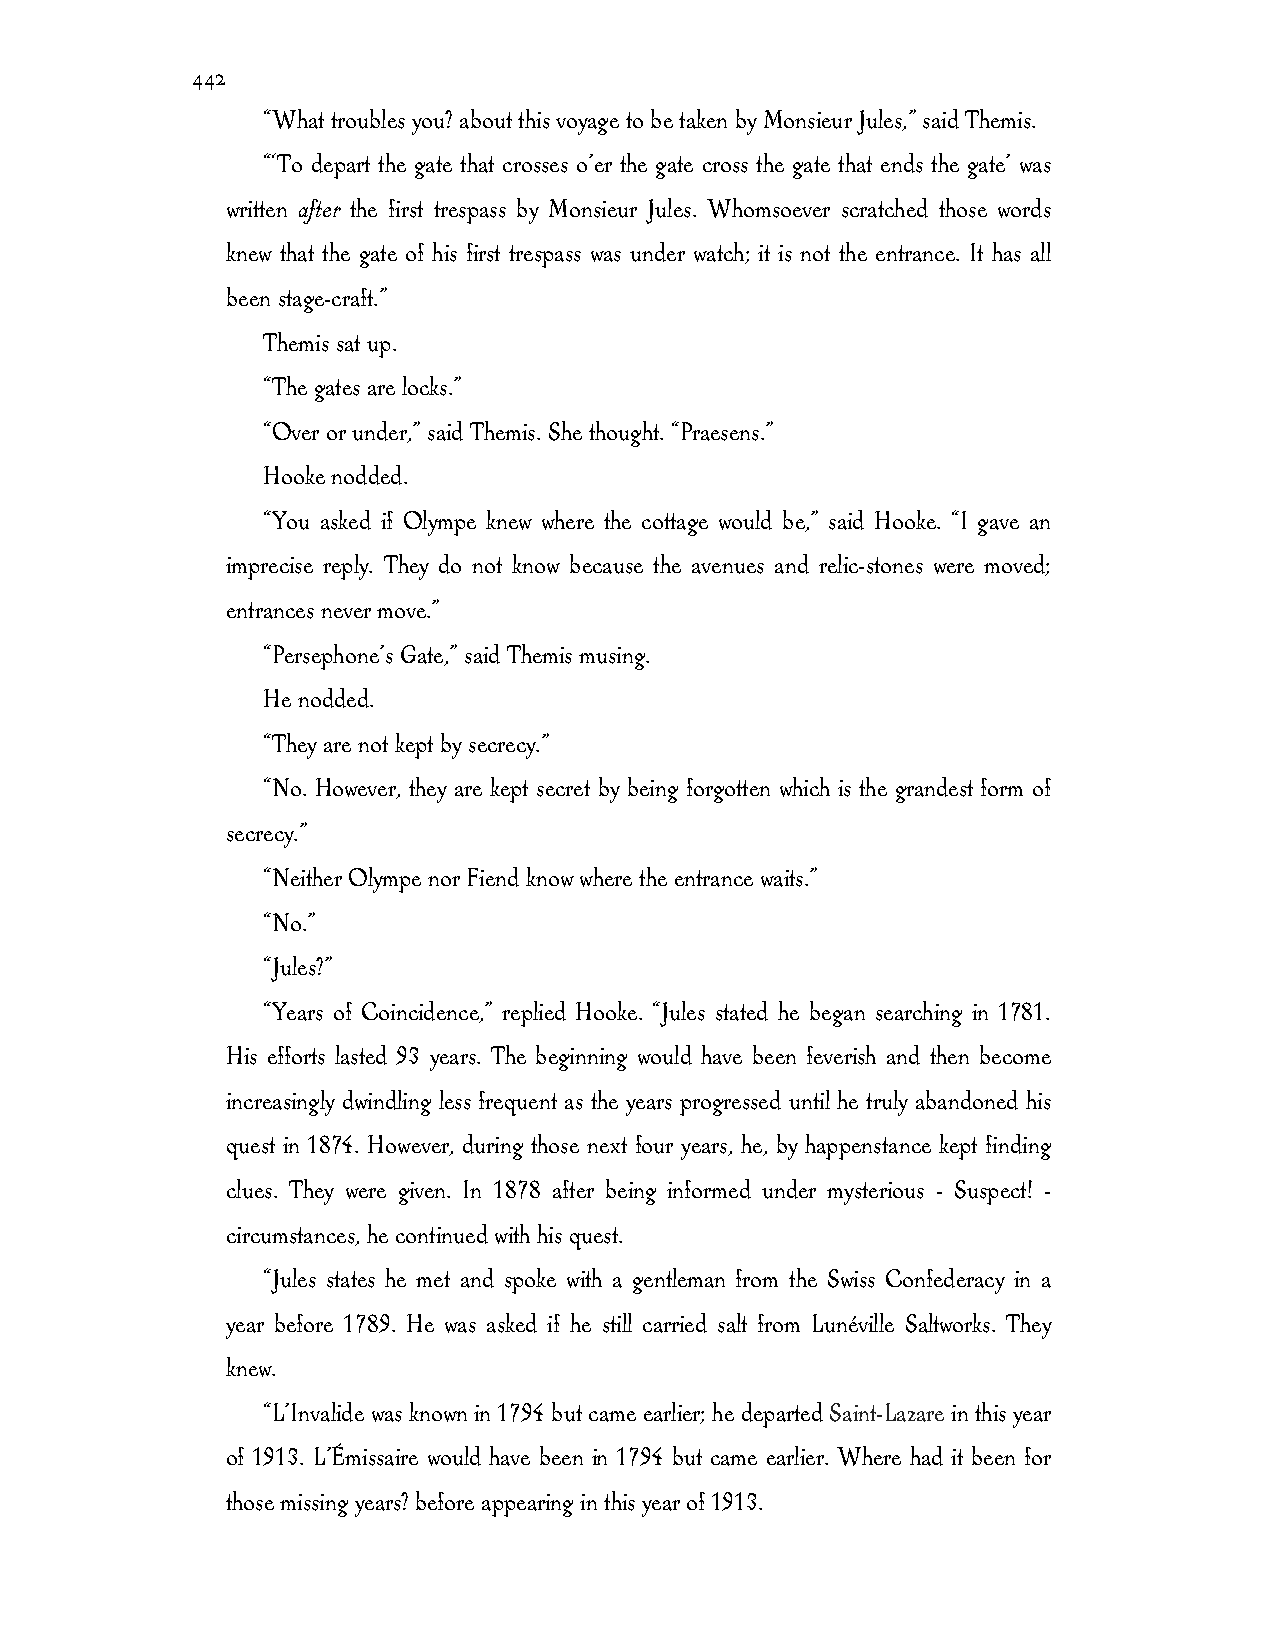
442
 “What troubles you? about this voyage to be taken by Monsieur Jules,” said Themis.
 “‘To depart the gate that crosses o’er the gate cross the gate that ends the gate’ was
 written after the first trespass by Monsieur Jules. Whomsoever scratched those words
 knew that the gate of his first trespass was under watch; it is not the entrance. It has all
 been stage-craft.”
 Themis sat up.
 “The gates are locks.”
 “Over or under,” said Themis. She thought. “Praesens.”
 Hooke nodded.
 “You asked if Olympe knew where the cottage would be,” said Hooke. “I gave an
 imprecise reply. They do not know because the avenues and relic-stones were moved;
 entrances never move.”
 “Persephone’s Gate,” said Themis musing.
 He nodded.
 “They are not kept by secrecy.”
 “No. However, they are kept secret by being forgotten which is the grandest form of
 secrecy.”
 “Neither Olympe nor Fiend know where the entrance waits.”
 “No.”
 “Jules?”
 “Years of Coincidence,” replied Hooke. “Jules stated he began searching in 1781.
 His efforts lasted 93 years. The beginning would have been feverish and then become
 increasingly dwindling less frequent as the years progressed until he truly abandoned his
 quest in 1874. However, during those next four years, he, by happenstance kept finding
 clues. They were given. In 1878 after being informed under mysterious - Suspect! -
 circumstances, he continued with his quest.
 “Jules states he met and spoke with a gentleman from the Swiss Confederacy in a
 year before 1789. He was asked if he still carried salt from Lunéville Saltworks. They
 knew.
 “L’Invalide was known in 1794 but came earlier; he departed Saint-Lazare in this year
 of 1913. L’Émissaire would have been in 1794 but came earlier. Where had it been for
 those missing years? before appearing in this year of 1913.